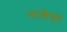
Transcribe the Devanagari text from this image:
भाजीमुळे